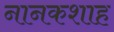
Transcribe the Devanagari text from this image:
नानकशाह